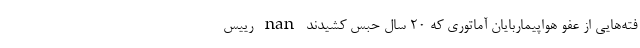
فته‌هایی از عفو هواپیماربایان آماتوری که ۲۰ سال حبس کشیدند nan رییس